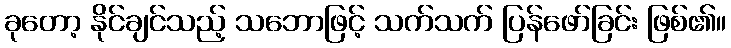
ခုတော့ နိုင်ချင်သည့် သဘောဖြင့် သက်သက် ပြန်ဖော်ခြင်း ဖြစ်၏။